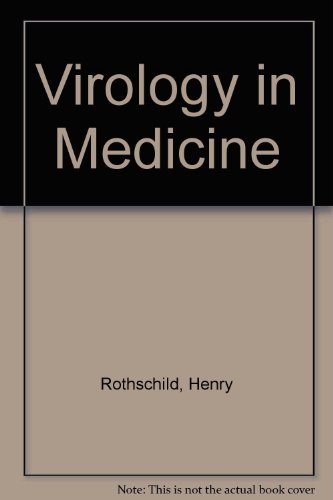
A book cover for Virology in Medicine; Medical Books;